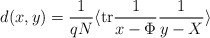
\begin{align*}d(x,y)={1 \over q N} \langle \makebox{tr} {1 \over x-\Phi } {1 \over y-X} \rangle\end{align*}